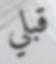
قبلي